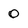
Character: 0